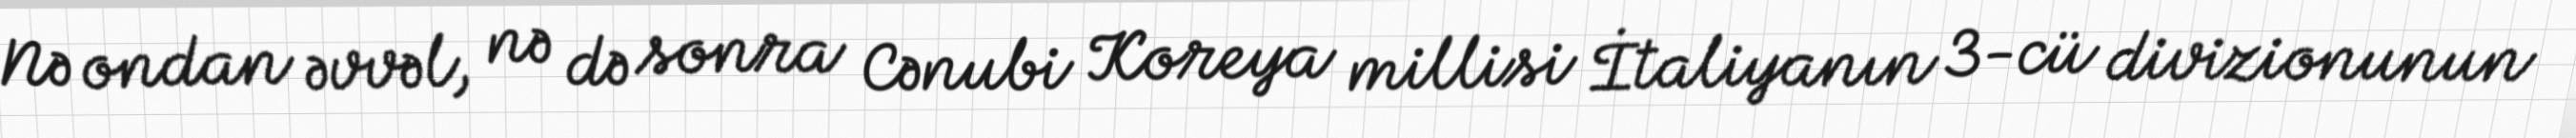
Nə ondan əvvəl, nə də sonra Cənubi Koreya millisi İtaliyanın 3-cü divizionunun